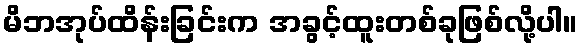
မိဘအုပ်ထိန်းခြင်းက အခွင့်ထူးတစ်ခုဖြစ်လို့ပါ။